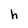
Character: h